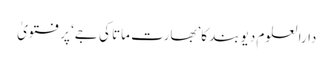
دارالعلوم دیوبند کا’بھارت ماتا کی جے‘ پر فتویٰ